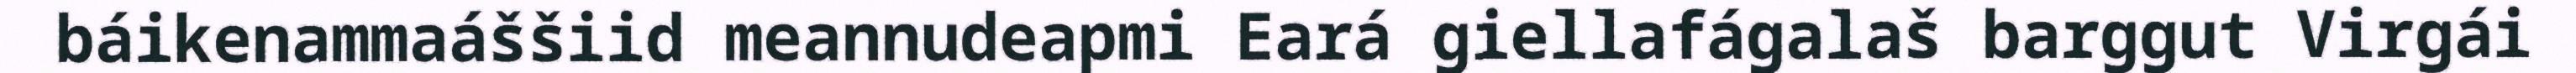
báikenammaáššiid meannudeapmi Eará giellafágalaš barggut Virgái